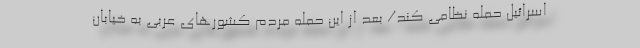
اسرائیل حمله نظامی کند/ بعد از این حمله مردم کشورهای عربی به خیابان